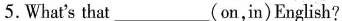
5.What's that ___（on,in)English?